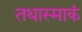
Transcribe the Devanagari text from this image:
तथास्माकं